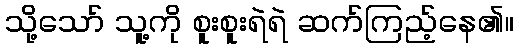
သို့သော် သူ့ကို စူးစူးရဲရဲ ဆက်ကြည့်နေ၏။